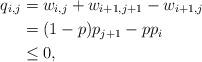
LaTeX: \begin{align*}q_{i,j}&=w_{i,j}+w_{i+1,j+1}-w_{i+1,j}\\&=(1-p)p_{j+1}-pp_i\\&\leq 0, \end{align*}